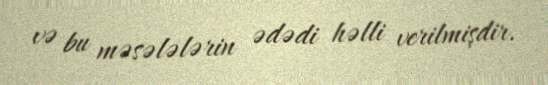
və bu məsələlərin ədədi həlli verilmişdir.